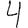
Digit: 4